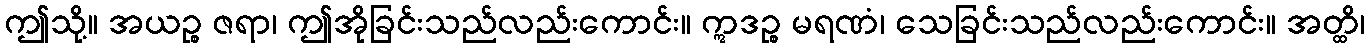
ဤသို့။ အယဉ္စ ဇရာ၊ ဤအိုခြင်းသည်လည်းကောင်း။ ဣဒဉ္စ မရဏံ၊ သေခြင်းသည်လည်းကောင်း။ အတ္ထိ၊